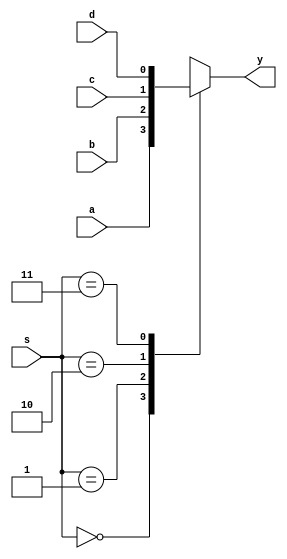
`timescale 1ns / 1ps
//////////////////////////////////////////////////////////////////////////////////
// Company: 
// Engineer: 
// 
// Design Name: 
// Module Name:    Mux4Bit 
// Project Name: 
// Target Devices: 
// Tool versions: 
// Description: 
//
// Dependencies: 
//
// Revision: 
// Revision 0.01 - File Created
// Additional Comments: 
//
//////////////////////////////////////////////////////////////////////////////////
module Mux4Bit(input a,input b,input c,input d,input wire[1:0] s,
					output reg y);
		always@(*)
		begin
			case(s)
				2'b00:y<=a;
				2'b01:y<=b;
				2'b10:y<=c;
				2'b11:y<=d;
				//default:y<=a;
			endcase
		end
endmodule